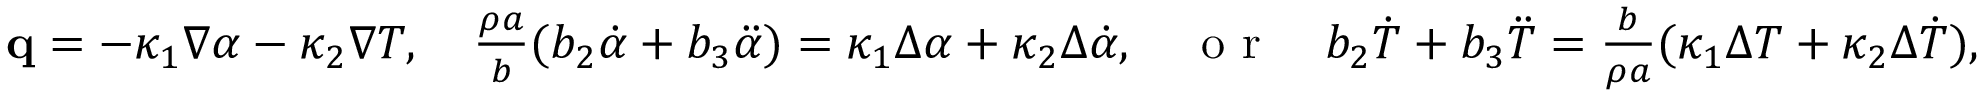
\begin{array} { r } { \mathbf q = - \kappa _ { 1 } \nabla \alpha - \kappa _ { 2 } \nabla T , \quad \frac { \rho a } { b } ( b _ { 2 } \dot { \alpha } + b _ { 3 } \ddot { \alpha } ) = \kappa _ { 1 } \Delta \alpha + \kappa _ { 2 } \Delta \dot { \alpha } , \quad \textrm { o r } \quad b _ { 2 } \dot { T } + b _ { 3 } \ddot { T } = \frac { b } { \rho a } ( \kappa _ { 1 } \Delta T + \kappa _ { 2 } \Delta \dot { T } ) , } \end{array}